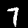
Digit: 7